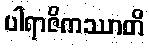
ပါရာဇိကဿာတိ